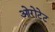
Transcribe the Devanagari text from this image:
ओरोटेट